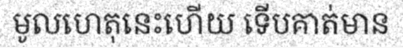
មូលហេតុនេះហើយ ទើបគាត់មាន